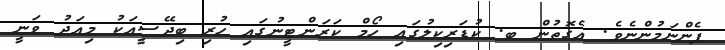
ފެންނަމުންނެވެ. އެގޮތުން ބ. ކުޑަރިކިލުގައި ހޯމް ކަރަންޓީނުގައި ހުރި ބިދޭސީއަކު މިއަދު ވަނީ